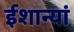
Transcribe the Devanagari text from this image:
ईशान्यां